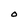
Character: O